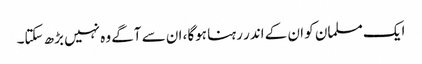
ایک مسلمان کو ان کے اندر رہنا ہوگا، ان سے آگے وہ نہیں بڑھ سکتا۔